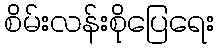
စိမ်းလန်းစိုပြေရေး